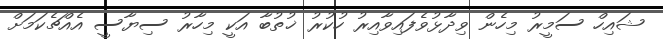
ޝައިހް ސަމީރު މިހެން ވިދާޅުވެފައިވާއިރު ހުކުރު ޚުތުބާ އަކީ މިހާރު ސިޔާސީ އެއްޗެކަމަށް